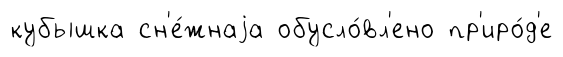
кубышка сн'е́жнаjа обусло́вл'ено пр'иро́д'е